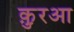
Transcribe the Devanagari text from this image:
क़ु़रआ